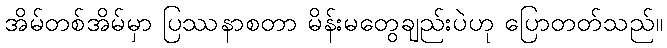
အိမ်တစ်အိမ်မှာ ပြဿနာစတာ မိန်းမတွေချည်းပဲဟု ပြောတတ်သည်။